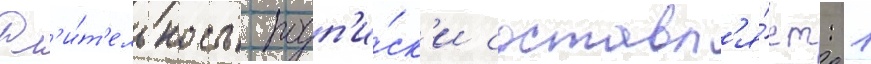
Дл'и́т'ельность подп'и́ск'и составл'я́ет: 1